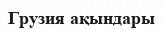
Грузия ақындары